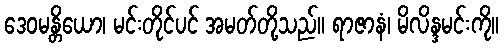
ဒေဝမန္တိယော၊ မင်းတိုင်ပင် အမတ်တို့သည်။ ရာဇာနံ၊ မိလိန္ဒမင်းကို။